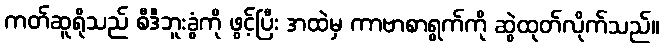
ကတ်ဆူရိုသည် စီဒီဘူးခွံကို ဖွင့်ပြီး အထဲမှ ကာဗာစာရွက်ကို ဆွဲထုတ်လိုက်သည်။